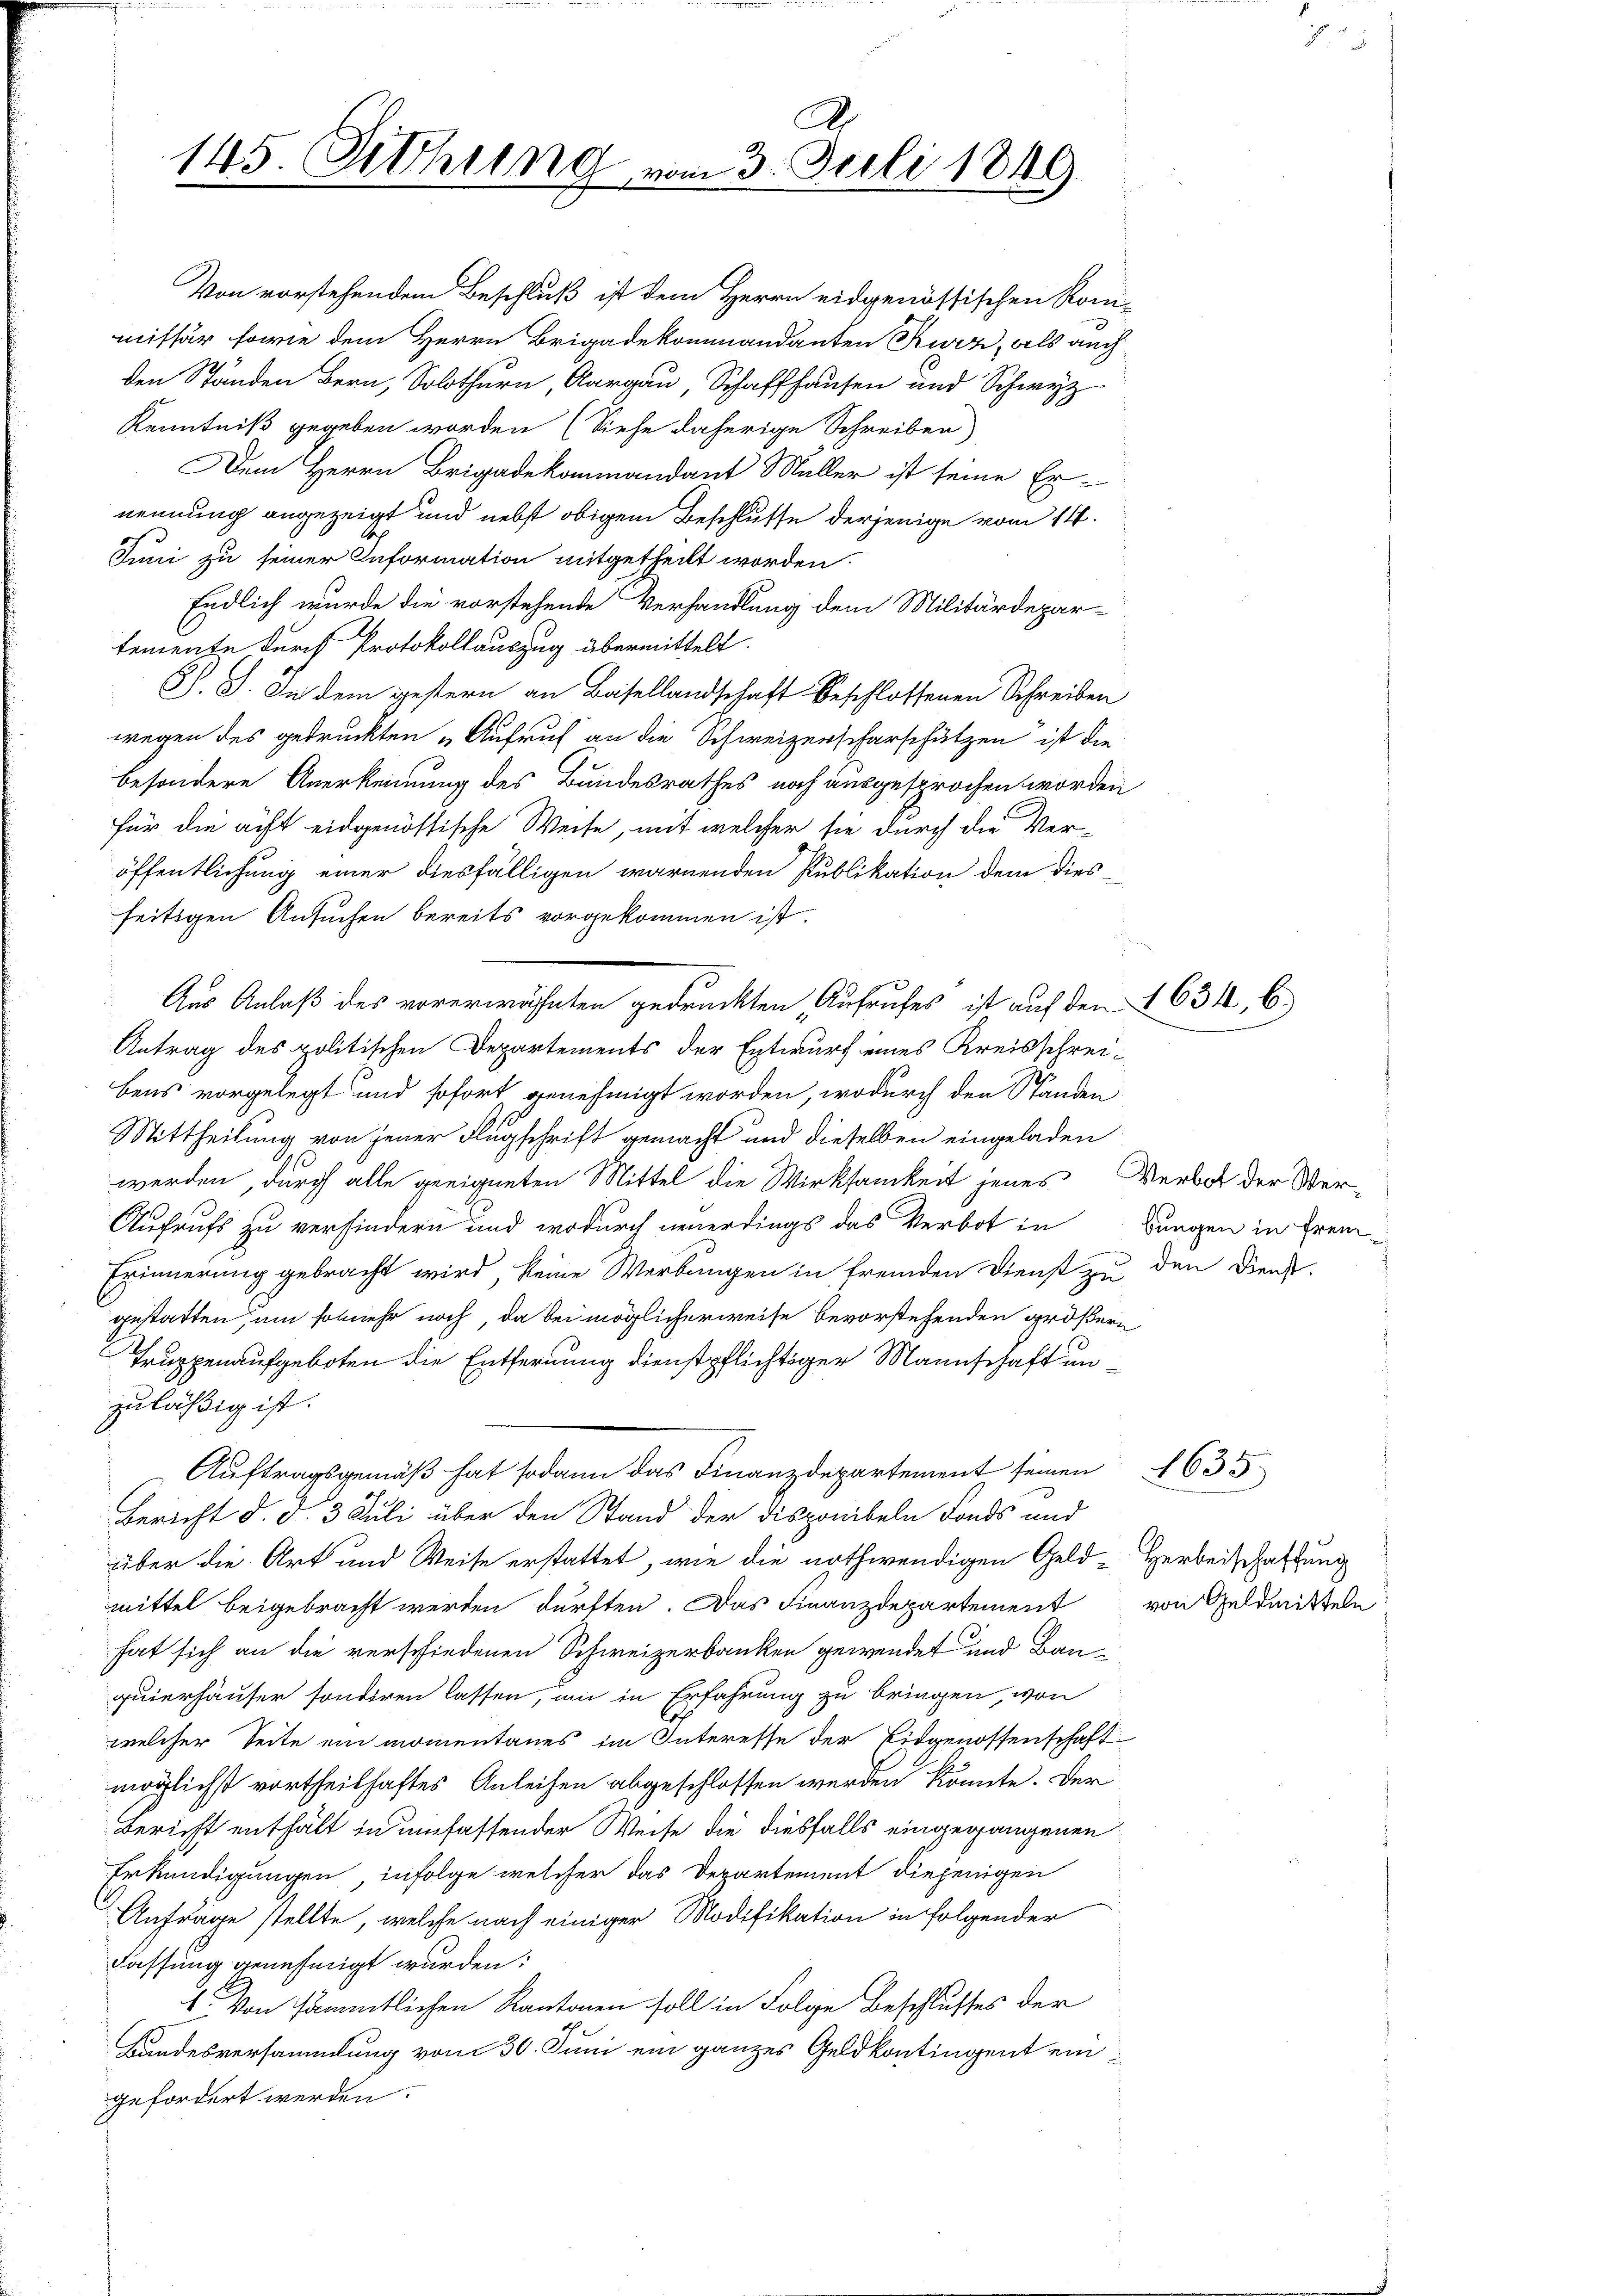
A
145. Chring vom 3. Juli 1849.

Von vorstehendem Beschluß ist dem Herrn eidgenössischen Kommissär sowie dem Herrn Brigadekommandanten Kurz, als auch
den Ständen Bern, Solothurn, Aargau, Schaffhausen und Schwyz
Kenntniß gegeben worden (Siehe daherige Schreiben
Dem Herrn Brigadekommandant Müller ist seine Er-
nennung angezeigt und nebst obigem Beschlusse derjenige vom 14.
Juni zu seiner Information mitgetheilt worden.
Endlich wurde die vorstehende Verhandlung dem Militärdepar-
temente durch Protokollauszug übermittelt.
S. G. In dem gestern an Basellandschaft beschlossenen Schreiben
wegen des gedruckten „Aufruf an die Schweizerscharschätzen ist die
besondere Anerkennung des Bundesrathes noch ausgesprochen worden
für die acht eidgenössische Weise, mit welcher sie durch die Ver-
öffentlichung einer diesfälligen warnenden Publikation dem diesseitigen Ansuchen bereits vorgekommen ist.
Aus Anlaß des vorerwähnten gedruckten Aufruches ist auf den
Antrag des politischen Departements der Entwurf eines Kreisschreibens vorgelegt und sofort genehmigt worden, wodurch den Standen
Mittheilung von jener Flugschrift gemacht und dieselben eingeladen
werden, durch alle geeigneten Mittel die Wirksamkeit jenes Verbot der Ver¬
Aufrufs zu verhindern und wodurch neuerdings das Verbot in
Erinnerung gebracht wird, keine Werbungen in fremden Dienst zu den Diens
gestatten, um solmehr noch, da bei möglicherweise bevorstehenden größern
Truppenaufgeboten die Entfernung dienstpflichtiger Mannschaft unzuläßig ist.
Auftragsgemäß hat sodann das Finanzdepartement seinen
Bericht d. d. 3 Juli über den Stand der Disponibeln Fonds und
über die Art und Weise erstattet, wie die nothwendigen Geldmittel beigebracht werden dürften. Das Finanzdepartement
hat sich an die verschiedenen Schweizerbanken gewendet und Bauquierhäuser sonderen lassen, um in Erfahrung zu bringen, von
welcher Seite ein momentanes im Interesse der Eidgenossenschaft
möglichst vortheilhaftes Anleihen abgeschlossen werden könnte. Der
Bericht enthält in umfassender Weise die diesfalls eingegangenen
Erkundigungen, infolge welcher das Departement diejenigen
Anfrage stellte, welche nach einiger Modifikation in folgender
Fassung genehmigt wurden:
1. Von sämmtlichen Kantonen soll in Folge Beschlusses der
Kundesversammlung vom 30. Juni ein ganzes Geldkontingent eingefordert werden.

1634. 6

bungen in frem¬

1635

Herbeischaffung
von Geldmitteln